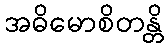
အဓိမောစိတန္တိ